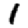
Digit: 1